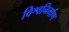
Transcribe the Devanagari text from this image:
विश्वनिर्माण